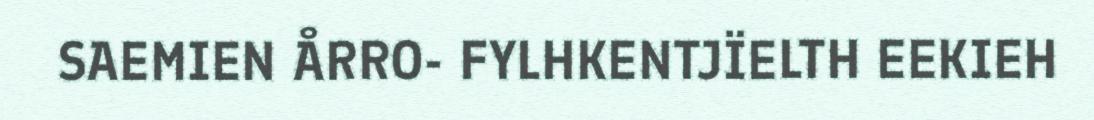
SAEMIEN ÅRRO- FYLHKENTJÏELTH EEKIEH